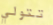
تتولي